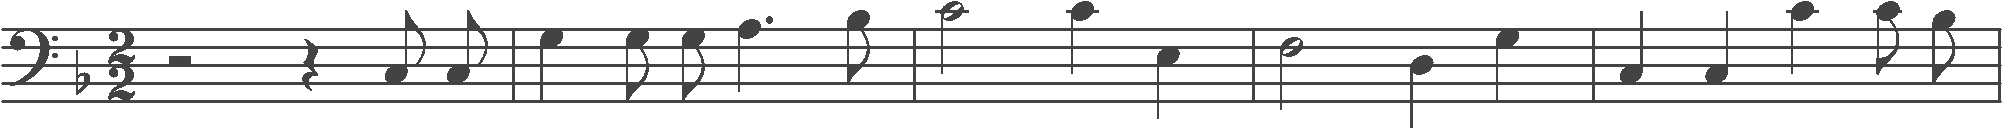
Transcription: clef-F4 keySignature-FM timeSignature-2/2 rest-half rest-quarter note-C3_eighth note-C3_eighth barline note-G3_quarter note-G3_eighth note-G3_eighth note-A3_quarter. note-Bb3_eighth barline note-C4_half note-C4_quarter note-E3_quarter barline note-F3_half note-D3_quarter note-G3_quarter barline note-C3_quarter note-C3_quarter note-C4_quarter note-C4_eighth note-Bb3_eighth barline